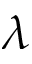
\lambda